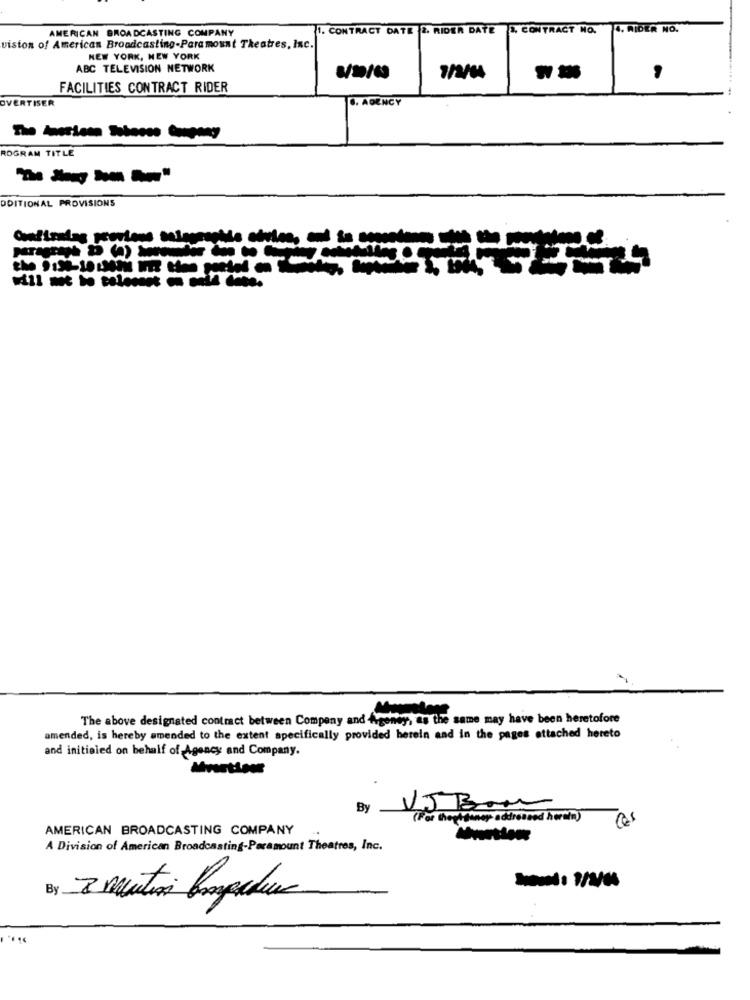
AMERICAN BROADCASTING COMPANY
1. CONTRACT DATE 2. RIDER DATE I, CONTRACT NO. 4. RIDER NO.
vision of American Broadcasting-Paramount Theatres, Inc.
NEW YORK, NEW YORK
ABC TELEVISION NETWORK
8/30/60
7/2/64
FACILITIES CONTRACT RIDER
OVERTISER
6. AGENCY
ROGRAM TITLE
-----
DDITIONAL PROVISIONS
paragraph 2 (a) routier Son to Be med
The above designated contract between Company and Argenty, as the same may have been heretofore
amended, is hereby amended to the extent specifically provided herein and in the pages attached hereto
and initialed on behalf of Agency and Company.
By VJ BOM
(For thepågèney addressed hortin)
AMERICAN BROADCASTING COMPANY
A Division of American Broadcasting-Paramount Theatres, Inc.